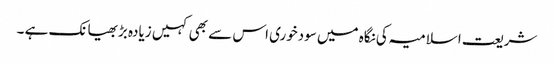
شریعت اسلامیہ کی نگاہ میں سودخوری اس سے بھی کہیں زیادہ بڑبھیانک ہے ۔